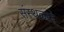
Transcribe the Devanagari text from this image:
संस्थळाने